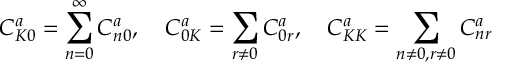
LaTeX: C _ { K 0 } ^ { a } = \displaystyle \sum _ { n = 0 } ^ { \infty } C _ { n 0 } ^ { a } , \quad C _ { 0 K } ^ { a } = \displaystyle \sum _ { r \neq 0 } C _ { 0 r } ^ { a } , \quad C _ { K K } ^ { a } = \sum _ { n \neq 0 , r \neq 0 } C _ { n r } ^ { a }